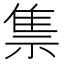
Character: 𰨇